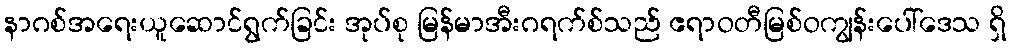
နာဂစ်အရေးယူဆောင်ရွက်ခြင်း အုပ်စု မြန်မာအီးဂရက်စ်သည် ဧရာဝတီမြစ်ဝကျွန်းပေါ်ဒေသ ရှိ